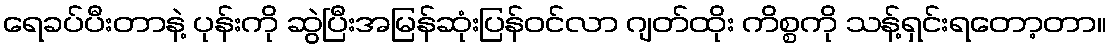
ရေခပ်ပီးတာနဲ့ ပုန်းကို ဆွဲပြီးအမြန်ဆုံးပြန်ဝင်လာ ဂျတ်ထိုး ကိစ္စကို သန့်ရှင်းရတော့တာ။